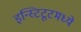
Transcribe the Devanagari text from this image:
इन्स्टिटूटमध्ये